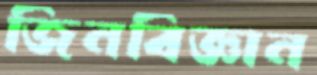
জিনবিজ্ঞান